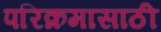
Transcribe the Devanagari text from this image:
परिक्रमासाठी